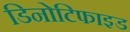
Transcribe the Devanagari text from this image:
डिनोटिफाइड